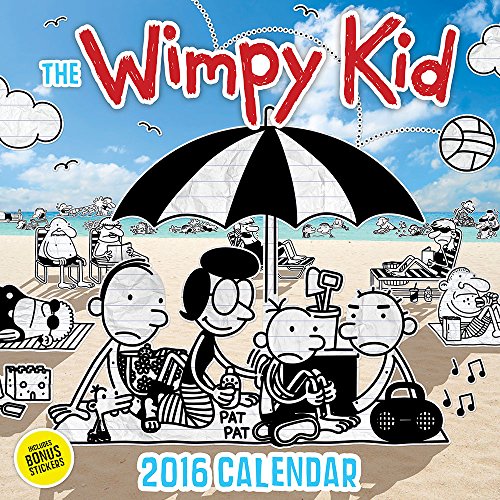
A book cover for The Wimpy Kid 2016 Calendar; Jeff Kinney; Calendars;